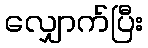
လျှောက်ပြီး